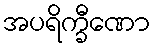
အပရိက္ခီဏော